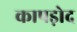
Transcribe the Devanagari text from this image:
कापड़ोद